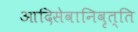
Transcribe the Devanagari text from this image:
आदिसेवानिवृत्ति